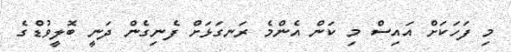
މި ފަހަކަށް އައިސް މި ކަން އެންމެ ރަނގަޅަށް ފެނިގެން ދަނީ ބޮލީވުޑްގެ